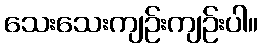
သေးသေးကျဉ်းကျဉ်းပါ။